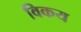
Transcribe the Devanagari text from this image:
विकय